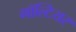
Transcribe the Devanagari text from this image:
गॉल्टियर